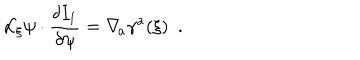
LaTeX: { \cal L } _ { \xi } \psi \cdot { \frac { \delta I _ { 1 } } { \delta \psi } } = \nabla _ { \! a } \gamma ^ { a } ( \xi ) \ \ .